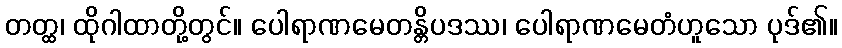
တတ္ထ၊ ထိုဂါထာတို့တွင်။ ပေါရာဏမေတန္တိပဒဿ၊ ပေါရာဏမေတံဟူသော ပုဒ်၏။